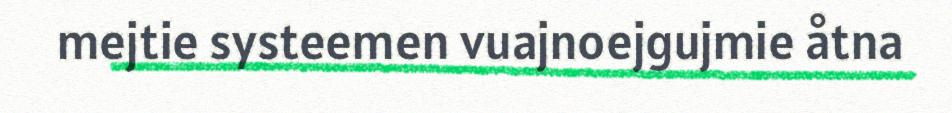
mejtie systeemen vuajnoejgujmie åtna